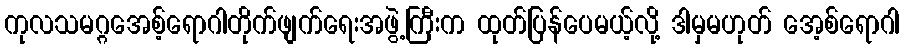
ကုလသမဂ္ဂအေစ့်ရောဂါတိုက်ဖျက်ရေးအဖွဲ့ကြီးက ထုတ်ပြန်ပေမယ့်လို့ ဒါမှမဟုတ် အေ့စ်ရောဂါ